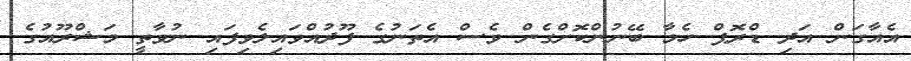
އެއާގަން އަދި ޑްރޮޕް ހެމާ ބޭނުންކޮށްގެން ވެސް އެތަނުގެ ފޫދުއްވައިލެވިފައި ނުވާތީ މަޝްރޫއުގެ